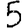
Digit: 5